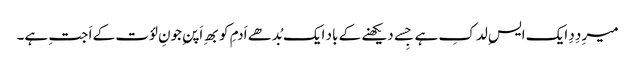
میرِ دِدِ ایک ایسِ لدکِ ہے جِسے دیکھنے کے باد ایک بُدھے اَدمِ کو بھِ اَپنِ جونِ لؤت کے اَ جتِ ہے۔